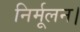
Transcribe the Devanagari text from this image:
निर्मूलन।